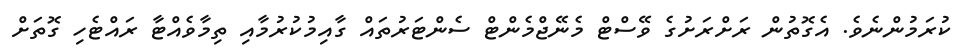
ކުރަމުންނެވެ. އެގޮތުން ރަށްރަށުގެ ވޭސްޓް މެނޭޖްމެންޓް ސެންޓަރުތައް ގާއިމުކުރުމާއި ތިމާވެއްޓާ ރައްޓެހި ގޮތަށް